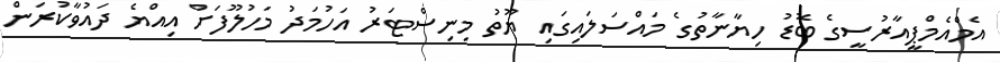
އެމްއެމްޕީއާރުސީގެ ބޮޑު ހިޔާނާތުގެ މައްސަލައިގައި ޔޫތު މިނިސްޓަރު އަހުމަދު މަހުލޫފަށް އިއްޔެ ދައުވާކުރަން